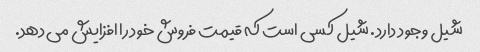
شیل وجود دارد. شیل کسی است که قیمت فروش خود را افزایش می دهد.